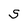
Character: S